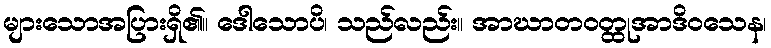
များသောအပြားရှိ၏။ ဒေါသောပိ၊ သည်လည်း။ အာဃာတဝတ္ထုအာဒိဝသေန၊